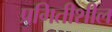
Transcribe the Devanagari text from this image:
प्रगितीशील